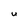
Character: U